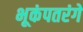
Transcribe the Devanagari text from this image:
भूकंपतरंगे